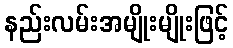
နည်းလမ်းအမျိုးမျိုးဖြင့်